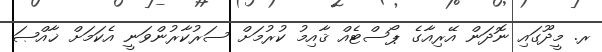
ރ. މީދޫގައި ނޮދަން އޭރިއާގެ ޕޯސްޓެއް ޤާއިމު ކުރުމަށް ސަރުކާރުންވަނީ އެކަމަށް ޚާއްޞަ